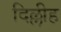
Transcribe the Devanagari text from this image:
दिल्लीह